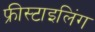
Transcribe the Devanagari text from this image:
फ्रीस्टाइलिंग